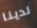
لدينا